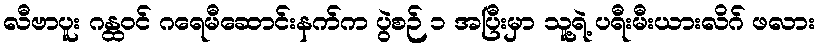
လီဗာပူး ဂန္ထဝင် ဂရေမီဆောင်းနက်က ပွဲစဉ် ၁ အပြီးမှာ သူ့ရဲ့ ပရီးမီးယားလိဂ် ဖလား